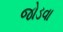
જોડવા